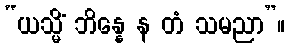
“ယသ္မိံ ဘိန္နေ န တံ သမညာ”။